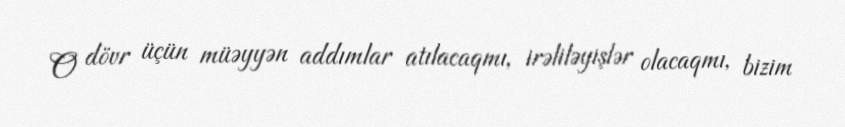
O dövr üçün müəyyən addımlar atılacaqmı, irəliləyişlər olacaqmı, bizim